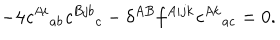
LaTeX: - 4 { \it c } ^ { A i } { } _ { a b } { \it c } ^ { B j b } { } _ { c } - \delta ^ { A B } f ^ { A i j k } { \it c } ^ { A k } { } _ { a c } = 0 .